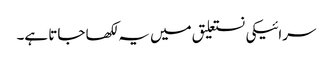
سرائیکی نستعلیق میں یہ لکھا جاتا ہے۔